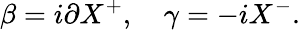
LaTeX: \beta=i\partial X^{+},\quad\gamma=-iX^{-}.